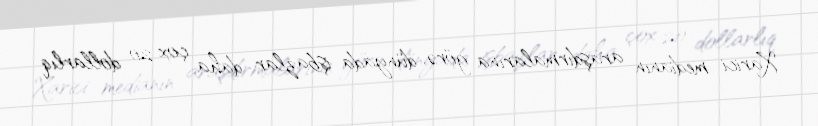
Xarici medianın araşdırmalarına görə, dünyada işbazlar daha çox 20 dollarlıq